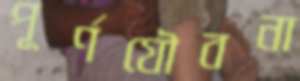
পূর্ণযৌবনা